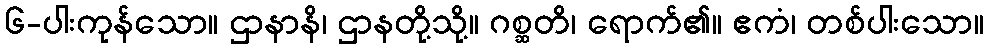
၆-ပါးကုန်သော။ ဌာနာနိ၊ ဌာနတို့သို့။ ဂစ္ဆတိ၊ ရောက်၏။ ဧကံ၊ တစ်ပါးသော။